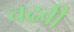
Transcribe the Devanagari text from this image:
चढवी